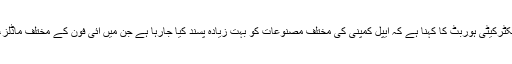
تجزیاتی فرم مورگن اسٹینلے کی مینجنگ ڈائریکٹرکیٹی ہوربٹ کا کہنا ہے کہ ایپل کمپنی کی مختلف مصنوعات کو بہت زیادہ پسند کیا جارہا ہے جن میں آئی فون کے مختلف ماڈلز، آئی پیڈ، دی میک اور ایپل واچ بھی شامل ہیں۔